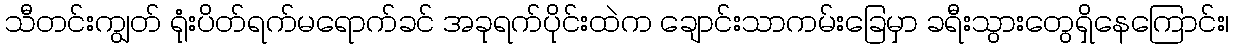
သီတင်းကျွတ် ရုံးပိတ်ရက်မရောက်ခင် အခုရက်ပိုင်းထဲက ချောင်းသာကမ်းခြေမှာ ခရီးသွားတွေရှိနေကြောင်း၊